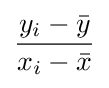
{\frac {y_{i}-{\bar {y}}}{x_{i}-{\bar {x}}}}